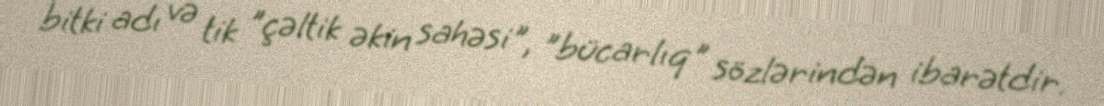
bitki adı və tik "çəltik əkin sahəsi", "bücarlıq" sözlərindən ibarətdir.